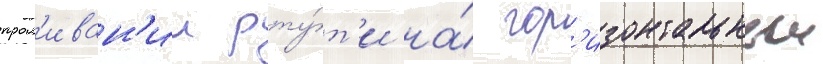
прол'иван'ии рту́т'и на́ гор'изонтальныи